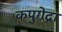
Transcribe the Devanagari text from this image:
कपुगेद्रा